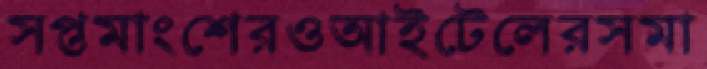
সপ্তমাংশেরওআইটেলেরসমা